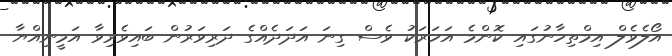
އޯލެވެލް އިމްތިހާނުގައި ކޮންމެ އަހަރަކު ވެސް ގިނަ އަދަދެއްގެ ދަރިވަރުން ބައިވެރިވާ އަމީނިއްޔާ